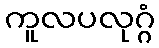
ကူလပလုဂ္ဂံ